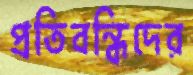
প্রতিবন্ধিদের